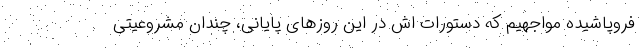
فروپاشیده مواجهیم که دستورات اش در این روزهای پایانی، چندان مشروعیتی